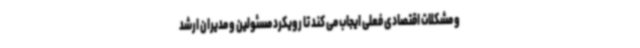
و مشکلات اقتصادی فعلی ایجاب می کند تا رویکرد مسئولین و مدیران ارشد